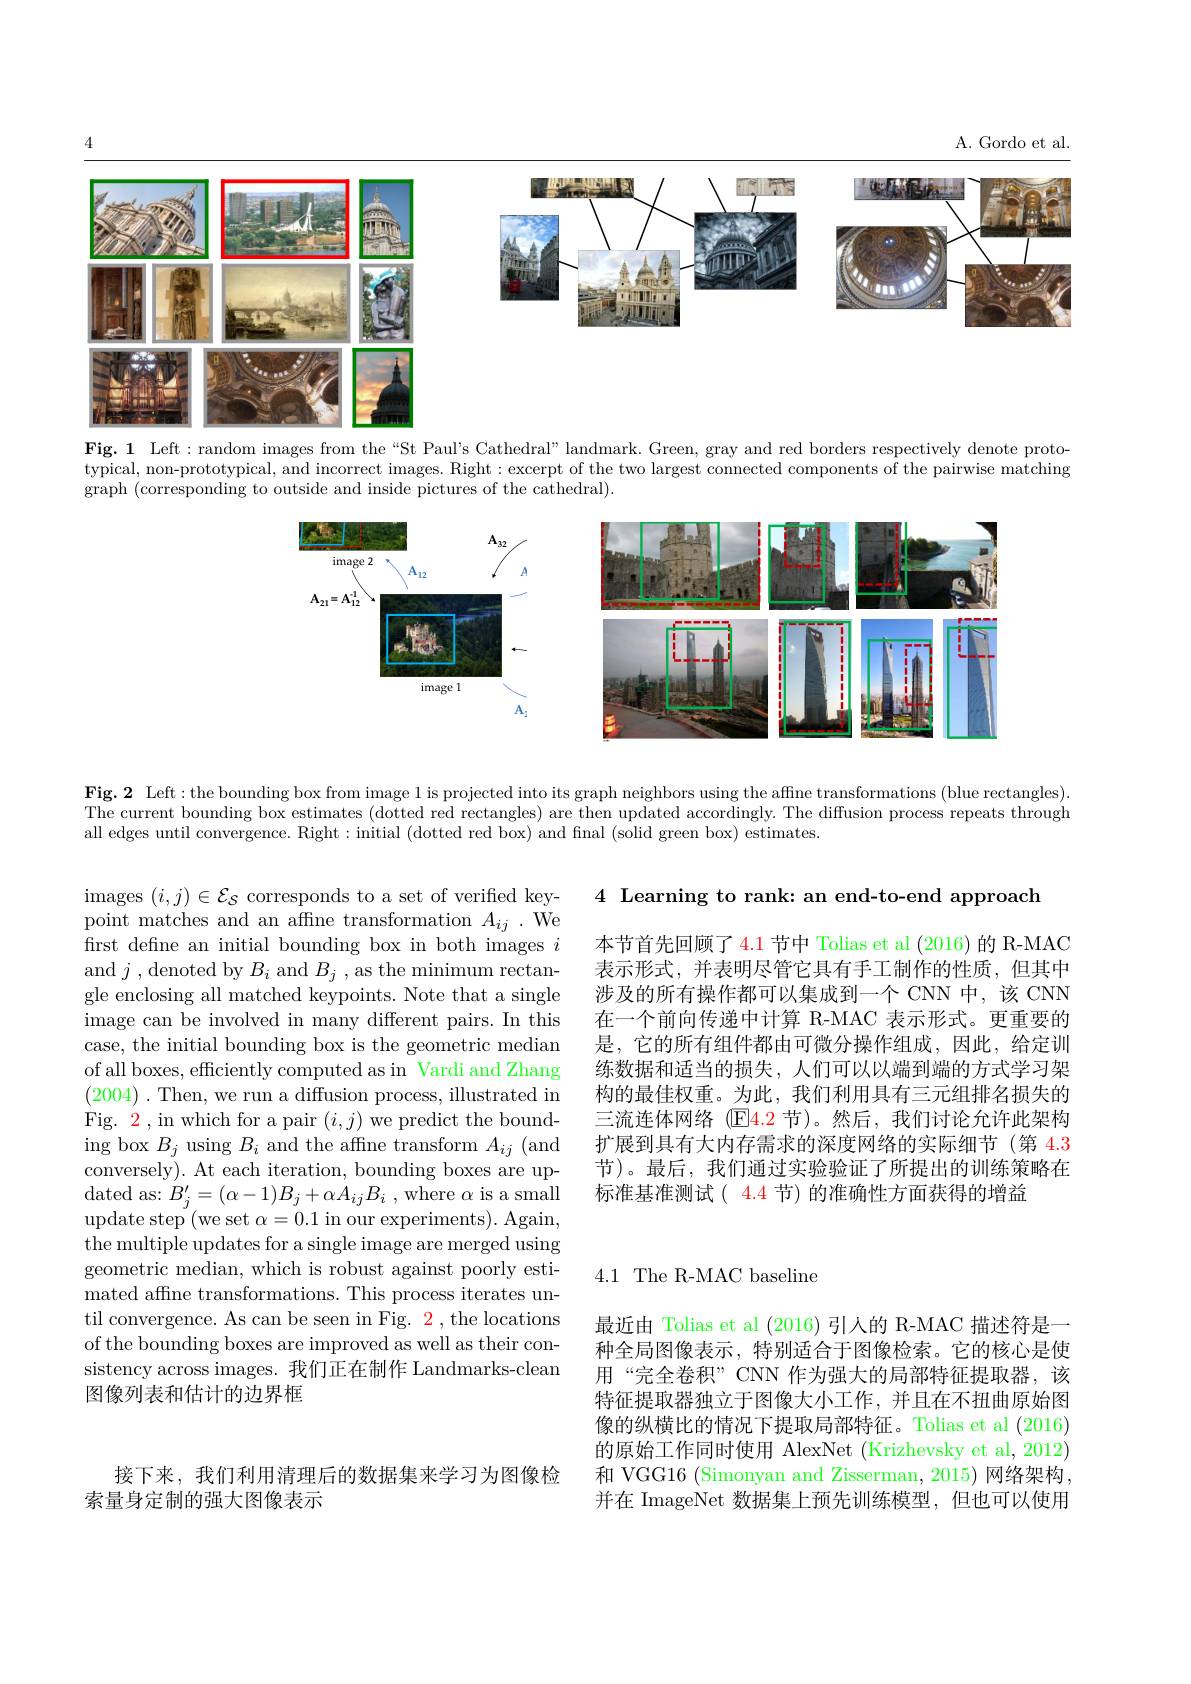
A. Gordo et al

<FigureHere>

Fig. 1 Left: random images from the“St Paul's Cathedral” landmark. Green, gray and red borders respectively denote prototypical, non-prototypical, and incorrect images. Right: excerpt of the two largest connected components of the pairwise matching graph (corresponding to outside and inside pictures of the cathedral).

<FigureHere>

The current bounding box estimates (dotted red rectangles) are then updated accordingly. The diffusion process repeats through all edges until convergence. Right: initial (dotted red box) and final (solid green box) estimates.

4 Learning to rank: an end-to-end approach

本节首先回顾了4.1节中 Tolias et al (2016)的 R-MAC 表示形式，并表明尽管它具有手工制作的性质，但其中涉及的所有操作都可以集成到一个 CNN 中，该 CNN 在一个前向传递中计算 R-MAC 表示形式。更重要的是，它的所有组件都由可微分操作组成，因此，给定训练数据和适当的损失，人们可以以端到端的方式学习架构的最佳权重。为此，我们利用具有三元组排名损失的三流连体网络 (E4.2 节)。然后，我们讨论允许此架构扩展到具有大内存需求的深度网络的实际细节(第 4.3节)。最后，我们通过实验验证了所提出的训练策略在标准基准测试( 4.4 节) 的准确性方面获得的增益

images $(i,j)\in\mathcal{E}_S$ corresponds to a set of verified keypoint matches and an affne transformation $A_{ij}$ .We first define an initial bounding box in both images $i$ and $j$,denoted by $B_i$ and $B_j$,as the minimum rectangle enclosing all matched keypoints. Note that a single image can be involved in many different pairs. In this case, the initial bounding box is the geometric median of all boxes, efficiently computed as in Vardi and Zhang (2004). Then, we run a diffusion process, illustrated in Fig. 2 , in which for a pair $(i,j)$ we predict the bound- $\operatorname{ing}$box $B_j$ using $B_i$ and the affne transform $A_ij$ (and conversely). At each iteration, bounding boxes are up- $\operatorname*{dated}$ as: $B_j^\prime = ( \alpha - 1) B_j+ \alpha A_{ij}B_i$ , where $\alpha$ is a small update step (we set $\alpha=0.1$ in our experiments). Again, the multiple updates for a single image are merged using geometric median, which is robust against poorly estimated affne transformations. This process iterates until convergence. As can be seen in Fig. 2, the locations of the bounding boxes are improved as well as their consistency across images. 我们正在制作 Landmarks-clean 图像列表和估计的边界框

4.1 The R-MAC baseline

最近由 Tolias et al (2016)引人的 R-MAC 描述符是一种全局图像表示，特别适合于图像检索。它的核心是使用“完全卷积”CNN 作为强大的局部特征提取器，该特征提取器独立于图像大小工作，并且在不扭曲原始图像的纵横比的情况下提取局部特征。Tolias et al (2016) 的原始工作同时使用 AlexNet (Krizhevsky et al, 2012) 和 VGG16 (Simonyan and Zisserman, 2015) 网络架构， 并在 ImageNet 数据集上预先训练模型，但也可以使用

## 接下来，我们利用清理后的数据集来学习为图像检索量身定制的强大图像表示